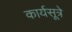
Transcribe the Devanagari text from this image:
कार्यसूत्रे